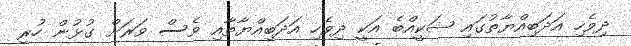
ދިވެހި އަދަބިއްޔާތުގައި ޝަކީއްބެ އަކީ ދިވެހި އަދަބިއްޔާތާއި ވެސް ވަރަށް ގުޅުން ހުރި